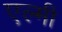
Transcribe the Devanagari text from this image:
एल्मी